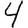
Digit: 4